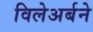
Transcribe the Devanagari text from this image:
विलेअर्बने